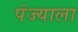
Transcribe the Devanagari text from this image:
पंज्याला